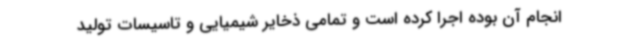
انجام آن بوده اجرا کرده است و تمامی ذخایر شیمیایی و تاسیسات تولید